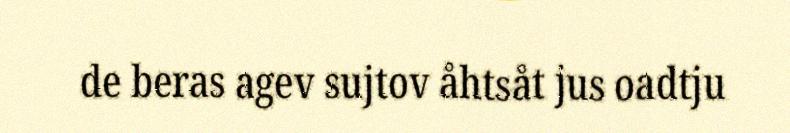
de beras agev sujtov åhtsåt jus oadtju